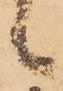
候